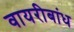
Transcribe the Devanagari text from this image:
वायरीबांध